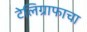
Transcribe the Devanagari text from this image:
टेलिग्राफाचा